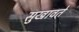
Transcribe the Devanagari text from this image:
सुखावते